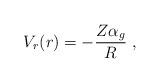
LaTeX: \begin{align*}V_r(r)=-\frac{Z\alpha_g }{R}\;,\end{align*}